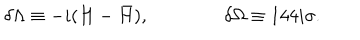
LaTeX: \delta \Lambda \equiv - i ( H - { \bar { H } } ) , \qquad \qquad \delta \Omega \equiv 1 4 4 i \sigma .